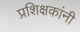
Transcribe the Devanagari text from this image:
प्रशिक्षकांनी